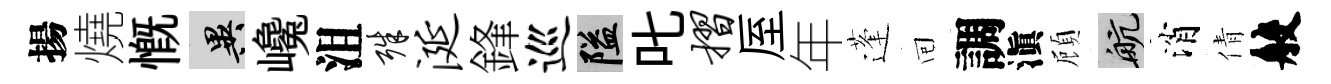
揚燒慨异巉沮殊涎鋒巡隘叱摺厔年蓬囘調滇頋航消倩般